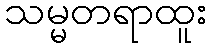
သမ္မတရာထူး